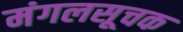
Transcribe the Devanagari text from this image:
मंगलसूचक